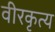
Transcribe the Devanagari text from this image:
वीरकृत्य